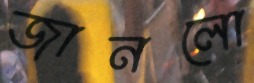
জানলো